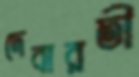
দেবারতী